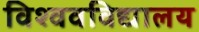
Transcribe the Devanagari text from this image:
विश्‍ववविद्यालय